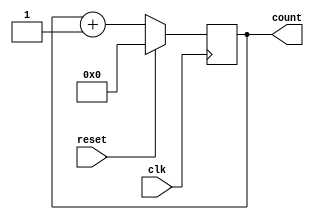
`timescale 1ns / 1ps
module Upcounter_1(
    input clk,
    input reset,
    output reg [3:0]count
    );
    always@(posedge clk) begin
        if(reset)
            count<=4'b0000;
         else 
            count<=count+1;
    end
endmodule